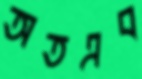
অতএব